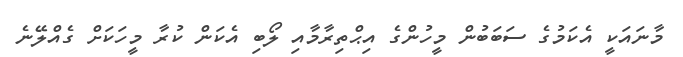
މާނައަކީ އެކަމުގެ ސަބަބުން މީހުންގެ އިޙްތިރާމާއި ލޯބި އެކަން ކުރާ މީހަކަށް ގެއްލޭނެ